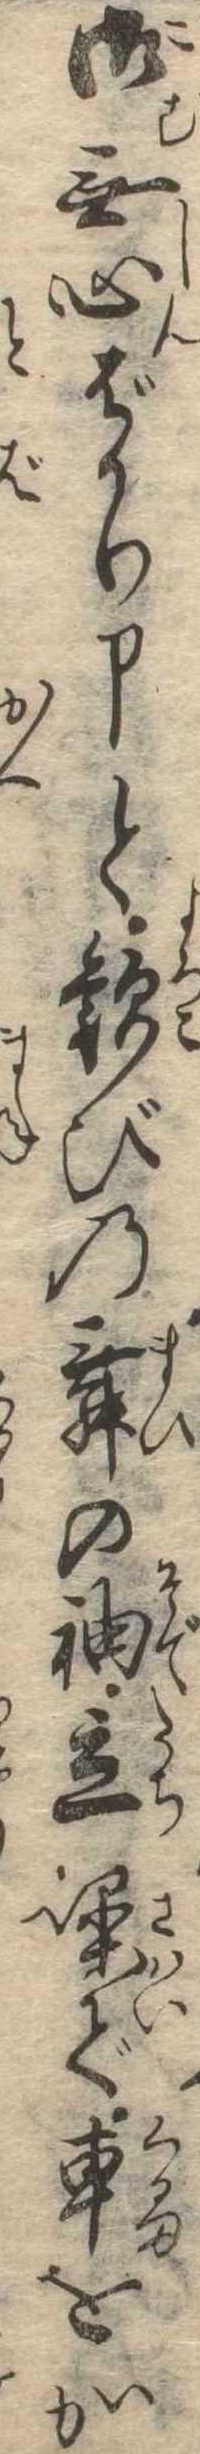
御無心ばかり申と歓びの舞の袖立噪で車をか